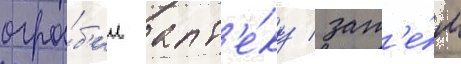
огра́б'ил апт'е́ку / зат'е́м